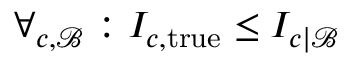
\begin{array} { r } { \forall _ { c , \mathcal { B } } : I _ { c , \mathrm { t r u e } } \le I _ { c | \mathcal { B } } } \end{array}